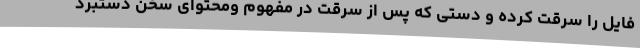
فایل را سرقت کرده و دستی که پس از سرقت در مفهوم ومحتوای سخن دستبرد